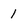
Character: 1